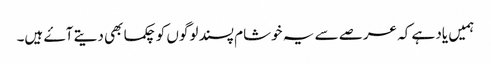
ہمیں یاد ہے کہ عرصے سے یہ خوشام پسند لوگوں کو چکما بھی دیتے آۓ ہیں۔